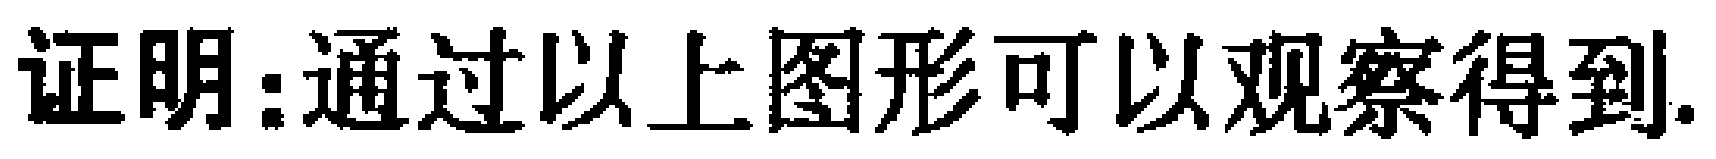
证明：通过以上图形可以观察得到.